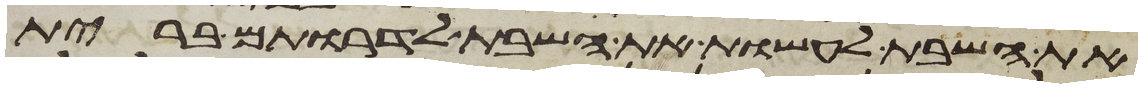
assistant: את השבת לעשות את השבת לדרתם ברית